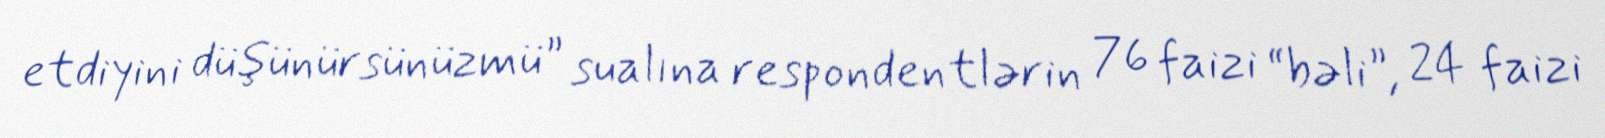
etdiyini düşünürsünüzmü” sualına respondentlərin 76 faizi “bəli”, 24 faizi